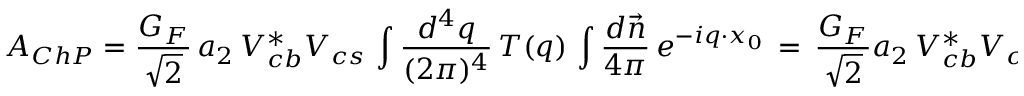
A _ { C h P } = { \frac { G _ { F } } { \sqrt { 2 } } } \, a _ { 2 } \, V _ { c b } ^ { * } V _ { c s } \, \int \frac { d ^ { 4 } q } { ( 2 \pi ) ^ { 4 } } \, T ( q ) \, \int \frac { d \vec { n } } { 4 \pi } \, e ^ { - i q \cdot x _ { 0 } } \, = \, { \frac { G _ { F } } { \sqrt { 2 } } } a _ { 2 } \, V _ { c b } ^ { * } V _ { c s } \, \int \frac { d ^ { 4 } q } { ( 2 \pi ) ^ { 4 } } \, T ( q ) \, \theta ( \mu , \, | \vec { q } | ) \ ,